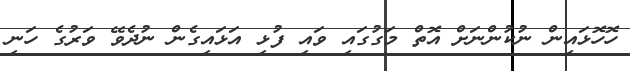
ހޮހޮޅައިން ނުކުންނަށް އޮތް މަގުގައި ވައި ފުޅި އަޅައިގެން ނުދެވޭ ވަރުގެ ހަނި